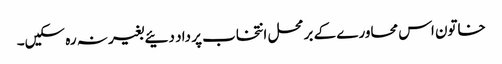
خاتون اس محاورے کے برمحل انتخاب پر داد دئیے بغیر نہ رہ سکیں۔